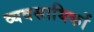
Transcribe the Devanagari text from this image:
व्यवसायिकों